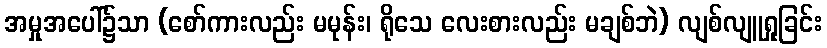
အမှုအပေါ်၌သာ (စော်ကားလည်း မမုန်း၊ ရိုသေ လေးစားလည်း မချစ်ဘဲ) လျစ်လျူရှုခြင်း